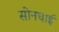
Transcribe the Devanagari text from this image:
सोनघाई